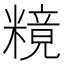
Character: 糡